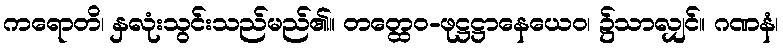
ကရောတိ၊ နှလုံးသွင်းသည်မည်၏။ တတ္ထေဝ-ဖုဋ္ဌဋ္ဌာနေယေဝ၊ ၌သာလျှင်။ ဂဏနံ၊